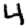
Digit: 4